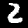
Digit: 2